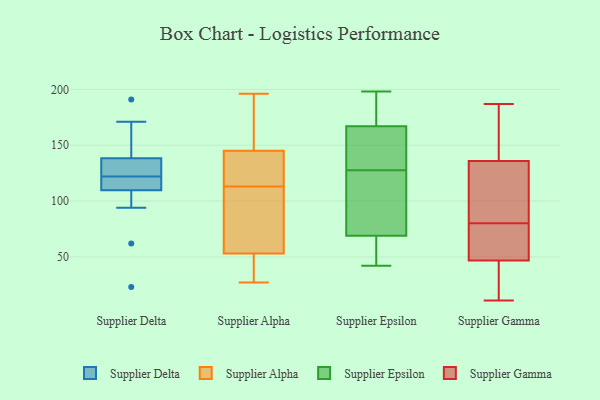
{"axis": {"x": "Production Output", "y": "Value"}, "legend": ["Supplier Alpha", "Supplier Delta", "Supplier Epsilon", "Supplier Gamma"], "data": [{"x": "", "y": 119, "type": "Supplier Delta"}, {"x": "", "y": 133, "type": "Supplier Delta"}, {"x": "", "y": 94, "type": "Supplier Delta"}, {"x": "", "y": 120, "type": "Supplier Delta"}, {"x": "", "y": 122, "type": "Supplier Delta"}, {"x": "", "y": 23, "type": "Supplier Delta"}, {"x": "", "y": 127, "type": "Supplier Delta"}, {"x": "", "y": 62, "type": "Supplier Delta"}, {"x": "", "y": 171, "type": "Supplier Delta"}, {"x": "", "y": 126, "type": "Supplier Delta"}, {"x": "", "y": 154, "type": "Supplier Delta"}, {"x": "", "y": 115, "type": "Supplier Delta"}, {"x": "", "y": 191, "type": "Supplier Delta"}, {"x": "", "y": 41, "type": "Supplier Alpha"}, {"x": "", "y": 167, "type": "Supplier Alpha"}, {"x": "", "y": 195, "type": "Supplier Alpha"}, {"x": "", "y": 84, "type": "Supplier Alpha"}, {"x": "", "y": 92, "type": "Supplier Alpha"}, {"x": "", "y": 196, "type": "Supplier Alpha"}, {"x": "", "y": 120, "type": "Supplier Alpha"}, {"x": "", "y": 119, "type": "Supplier Alpha"}, {"x": "", "y": 56, "type": "Supplier Alpha"}, {"x": "", "y": 27, "type": "Supplier Alpha"}, {"x": "", "y": 160, "type": "Supplier Alpha"}, {"x": "", "y": 132, "type": "Supplier Alpha"}, {"x": "", "y": 49, "type": "Supplier Alpha"}, {"x": "", "y": 50, "type": "Supplier Alpha"}, {"x": "", "y": 140, "type": "Supplier Alpha"}, {"x": "", "y": 113, "type": "Supplier Alpha"}, {"x": "", "y": 54, "type": "Supplier Alpha"}, {"x": "", "y": 69, "type": "Supplier Epsilon"}, {"x": "", "y": 42, "type": "Supplier Epsilon"}, {"x": "", "y": 167, "type": "Supplier Epsilon"}, {"x": "", "y": 136, "type": "Supplier Epsilon"}, {"x": "", "y": 193, "type": "Supplier Epsilon"}, {"x": "", "y": 129, "type": "Supplier Epsilon"}, {"x": "", "y": 198, "type": "Supplier Epsilon"}, {"x": "", "y": 126, "type": "Supplier Epsilon"}, {"x": "", "y": 58, "type": "Supplier Epsilon"}, {"x": "", "y": 69, "type": "Supplier Epsilon"}, {"x": "", "y": 73, "type": "Supplier Gamma"}, {"x": "", "y": 184, "type": "Supplier Gamma"}, {"x": "", "y": 38, "type": "Supplier Gamma"}, {"x": "", "y": 11, "type": "Supplier Gamma"}, {"x": "", "y": 43, "type": "Supplier Gamma"}, {"x": "", "y": 80, "type": "Supplier Gamma"}, {"x": "", "y": 48, "type": "Supplier Gamma"}, {"x": "", "y": 106, "type": "Supplier Gamma"}, {"x": "", "y": 187, "type": "Supplier Gamma"}, {"x": "", "y": 121, "type": "Supplier Gamma"}, {"x": "", "y": 66, "type": "Supplier Gamma"}, {"x": "", "y": 104, "type": "Supplier Gamma"}, {"x": "", "y": 180, "type": "Supplier Gamma"}]}